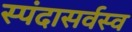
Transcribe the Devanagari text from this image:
स्पंदासर्वस्व